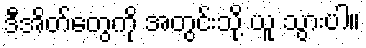
ဒီအိတ်တွေကို အတွင်းသို့ ယူ သွားပါ။